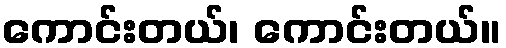
ကောင်းတယ်၊ ကောင်းတယ်။